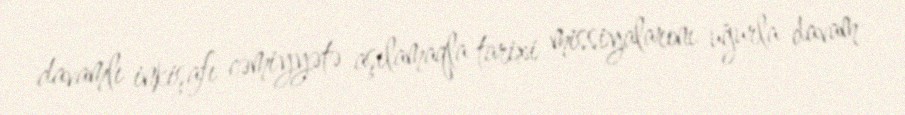
davamlı inkişafı cəmiyyətə aşılamaqla tarixi missiyalarını uğurla davam